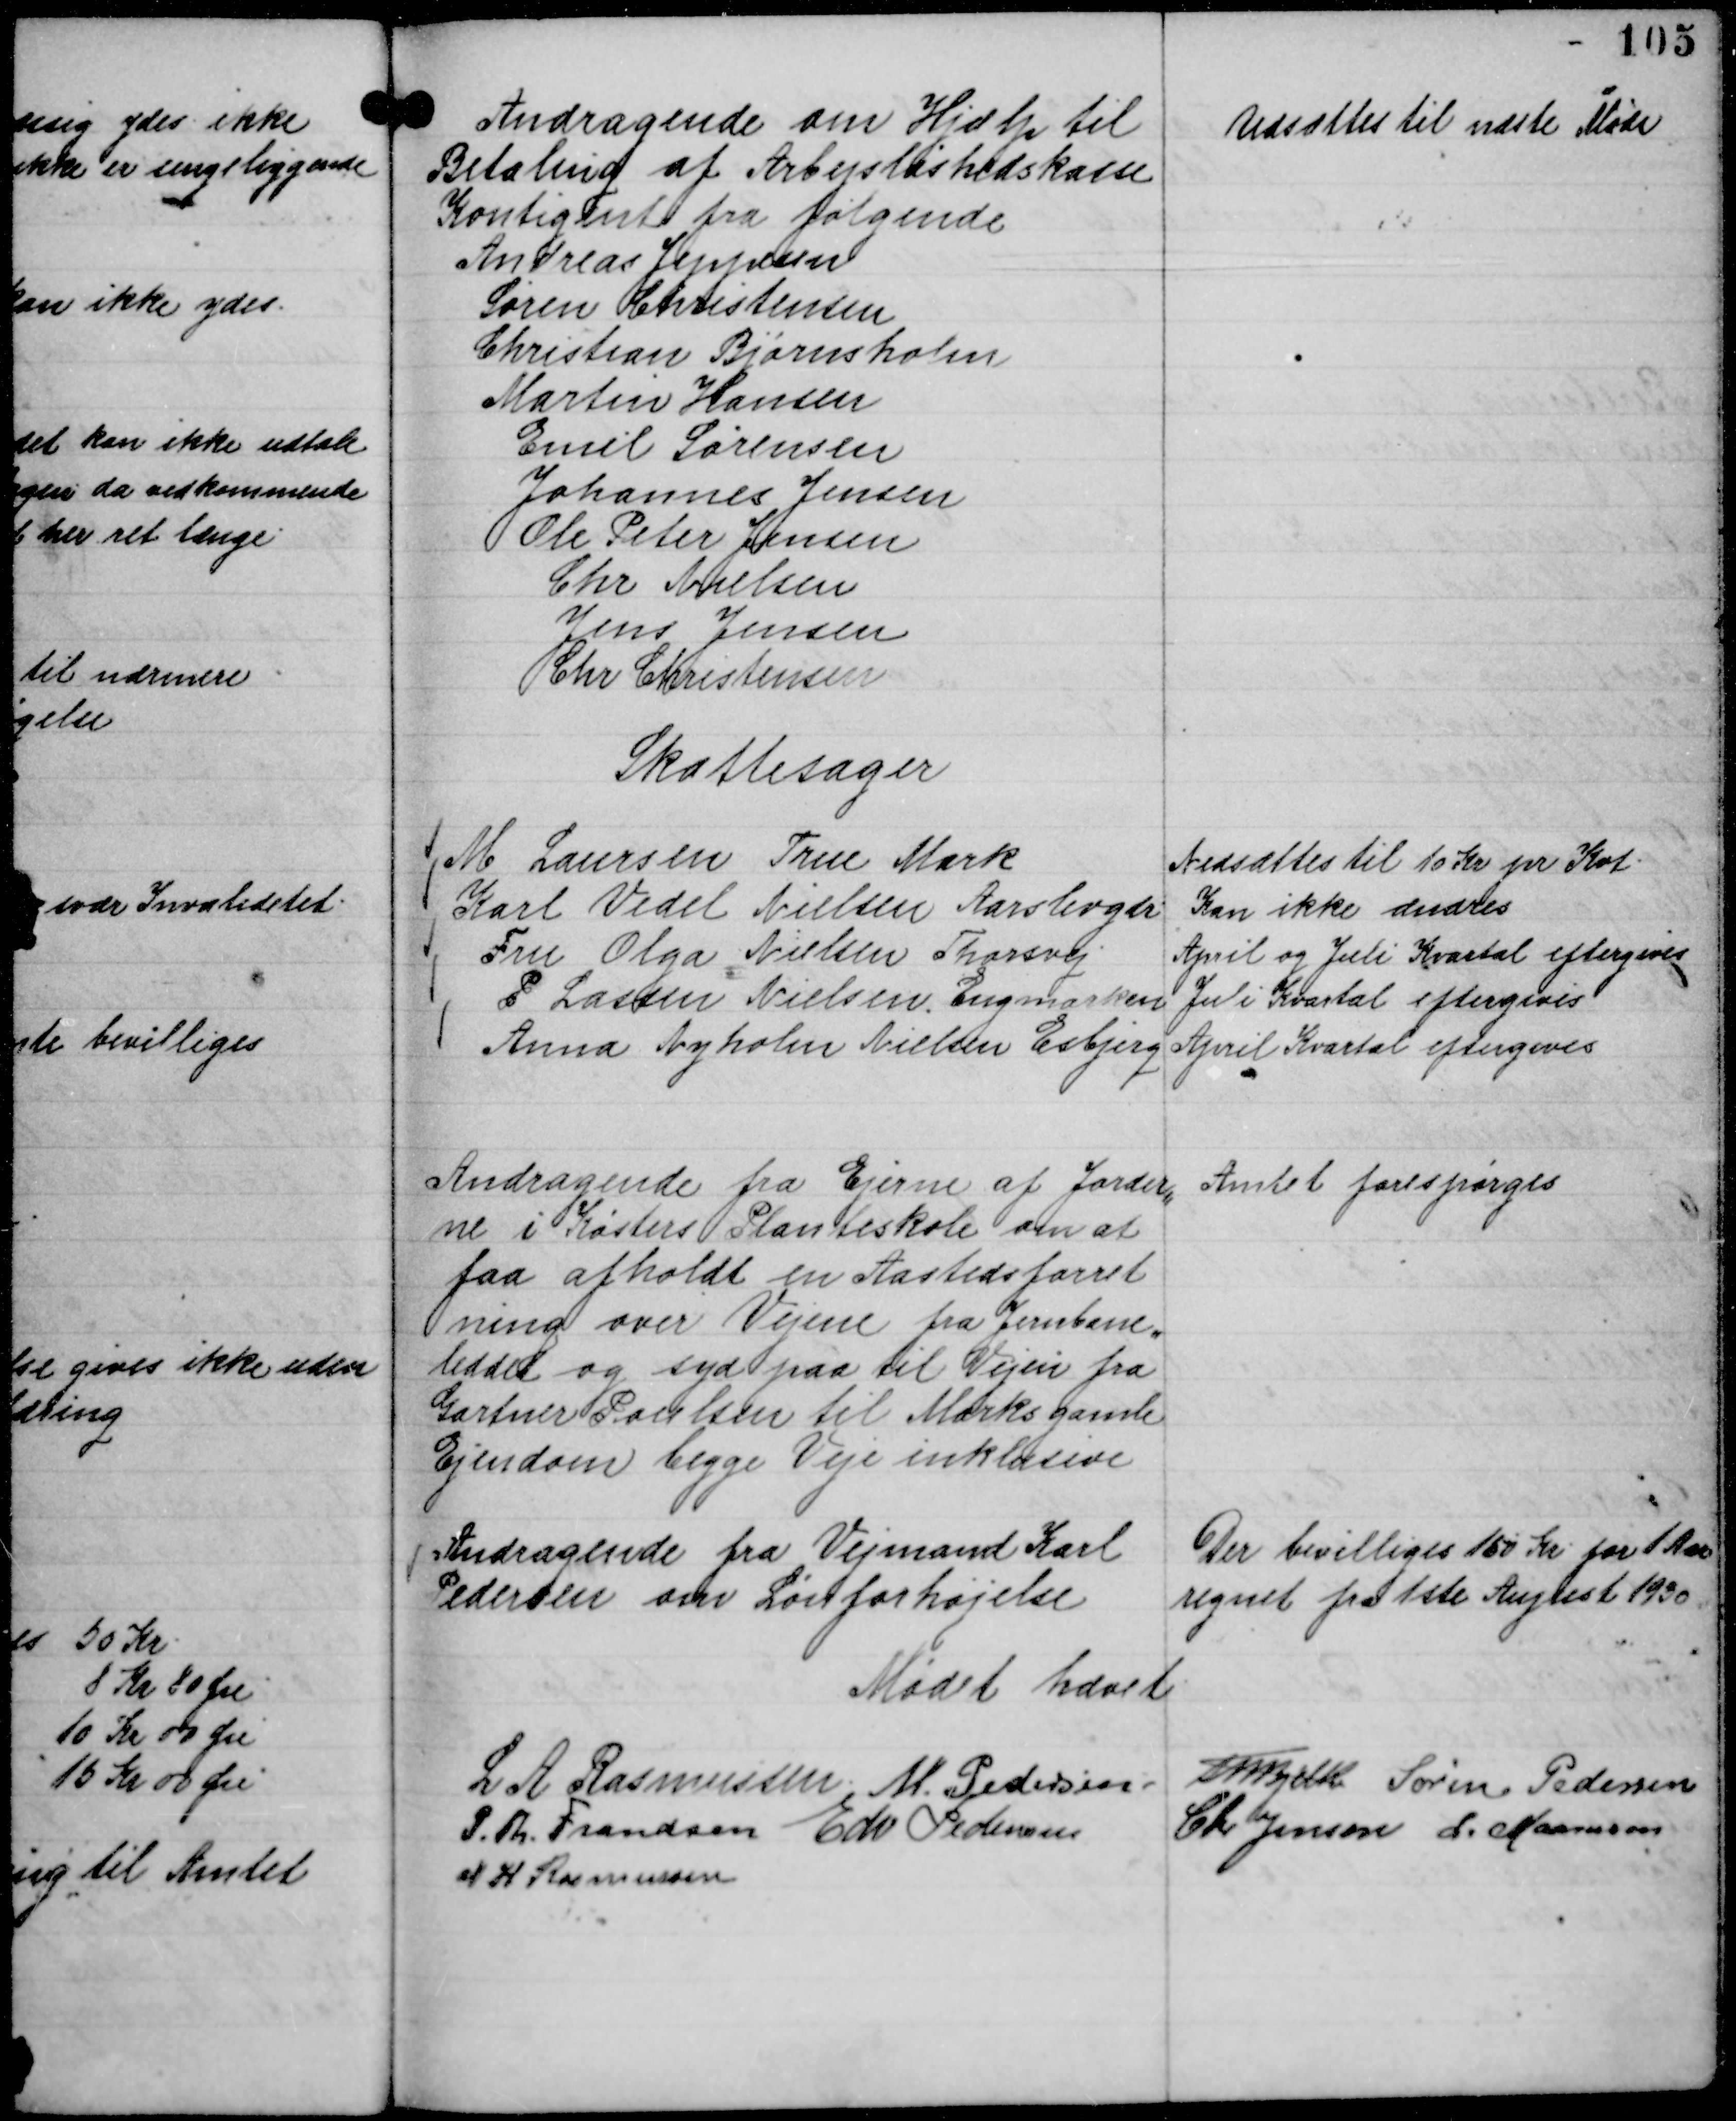
Transskription:
Andragende om Hjælp til
Betaling af Arbejdsløshedskasse
Kontigent fra følgende
Andreas Jeppesen
Søren Christensen
Christian Bjørnsholm
Martin Hansen
Emil Sørensen
Johannes Jensen
Ole Peter Jensen
Chr Axelsen
Jens Jensen
Chr Christensen

Udsættes til næste Møde

Skattesager
M Laursen True Mark
Nedsættes til 10 Kr pr Kvt.
Karl Vedel Nielsen Aarslevgdr.
Kan ikke ændres
Fru Olga Nielsen Thorsvej
April og Juli Kvartal eftergives
P. Lassen Nielsen, Engmarken
Juli Kvartal eftergives
Anna Nyholm Nielsen Esbjerg
April Kvartal eftergives

Andragende fra Ejerne af Jorder,,
ne i Køsters Planteskole om at
faa afholdt en Aastedsforret
ning over Vejene fra Jernbane,,
leddet og syd paa til Vejen fra
Gartner Poulsen til Marks gamle
Ejendom begge Veje inklusive

Amtet forespørges

Andragende fra Vejmand Karl
Pedersen om Lønforhøjelse

Der bevilliges 150 Kr. for 1 Aar
regnet fra 1ste August 1930

Mødet hævet.
L A Rasmussen
M. Pedersen.
Th Bjelke
Søren Pedersen
P. Th. Frandsen
Edv Pedersen
Chr Jensen
L. Maansson
N H Rasmussen